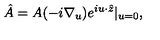
\hat { A } = A ( - i \nabla _ { u } ) e ^ { i u \cdot \hat { z } } | _ { u = 0 } ,